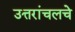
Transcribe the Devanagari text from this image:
उत्तरांचलचे